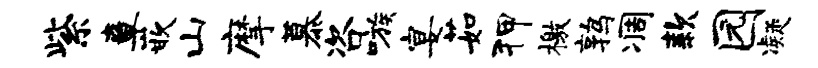
紫章嵌山摩慕咨嗾宴茹狎檄鹑凋款园凝